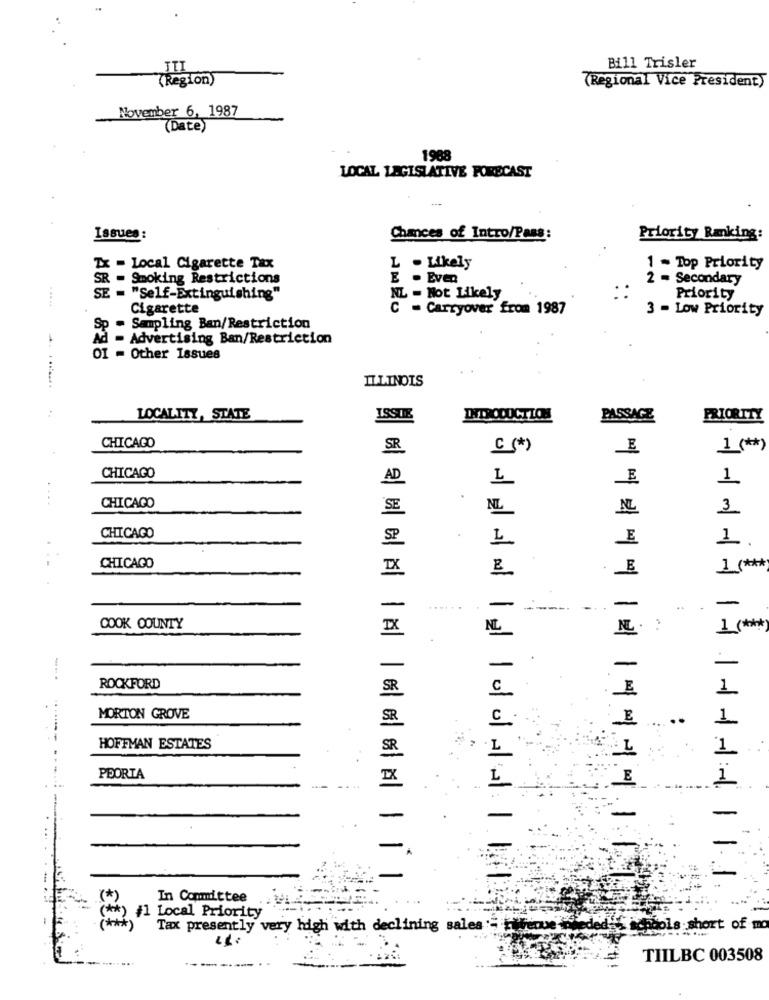
JTI
Bill Trisler
(Region)
(Regional Vice President)
November 6, 1987
(Date)
1988
LOCAL LEGISLATIVE FORECAST
Issues :
Chances of Intro/Pass:
Priority Ranking:
Tx - Local Cigarette Tax
L . Likely
1 - Top Priority
R - Smoking Restrictions
E . Even
2 = Secondary
E = "Self-Extinguishing"
NL - Not Likely
Priority
Cigarette
C = Carryover from 1987
3 - Low Priority
Sp - Sampling Ban/Restriction
Advertising Ban/Restriction
OI - Other Issues
ILLINOIS
LOCALITY, STATE
ISSUE
PASSAGE
PRIORITY
CHICAGO
SR
1 (*)
CHICAGO
AD
1.
CHICAGO
SE
NL
AL
3
CHICAGO
SP
1
L
CHICAGO
IX
1 ( ***
-
..
-
COOK COUNTY
IX
NL
- .
ROCKFORD
SR
MORTON GROVE
..
HOFFMAN ESTATES
PEORTA
In Committee
**? #1 Local Priority
Tax presently very high with declining sales - Fitenue
bols short of mo
TIILBC 003508